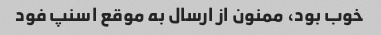
خوب بود، ممنون از ارسال به موقع اسنپ فود